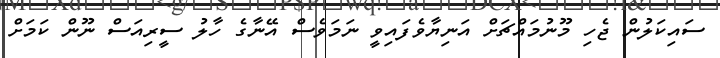
ސައިކަލުން ޖެހި މޫނުމައްޗަށް އަނިޔާވެފައިވީ ނަމަވެސް އޭނާގެ ހާލު ސީރިއަސް ނޫން ކަމަށް